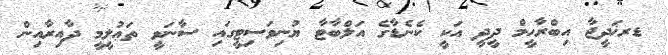
ޑރޚަދީޖާ އިބްރާހީމް ދީދީ އަކީ ކެނެޑާގެ އަލްބާޓާ ޔުނިވަސިޓީގައި ސާނަވީ ތަޢުލީމީ ދާއިރާއިން